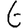
Digit: 6